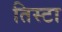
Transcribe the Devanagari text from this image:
तिस्टा